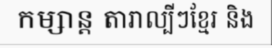
កម្សាន្ត តារាល្បីៗខ្មែរ និង